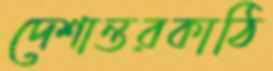
দেশান্তরকাঠি